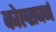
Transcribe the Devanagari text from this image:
कोल्सबर्ग